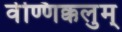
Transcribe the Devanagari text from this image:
वेण्णिक्कलुम्